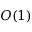
O ( 1 )